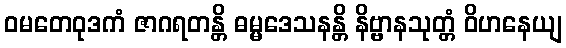
ဝမတေဝုဒကံ ဇာဂရတန္တိ ဓမ္မဒေသနန္တိ နိဗ္ဗာနသုတ္တံ ဝိဟနေယျ